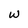
Character: W